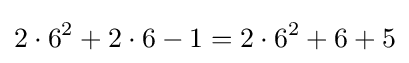
2\cdot 6^{2}+2\cdot 6-1=2\cdot 6^{2}+6+5